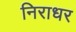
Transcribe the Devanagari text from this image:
निराधर